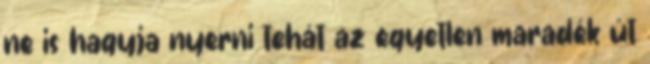
ne is hagyja nyerni tehát az egyetlen maradék út